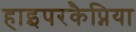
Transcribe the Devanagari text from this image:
हाइपरकैप्निया